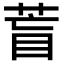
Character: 𦱋